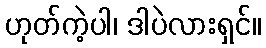
ဟုတ်ကဲ့ပါ၊ ဒါပဲလားရှင်။